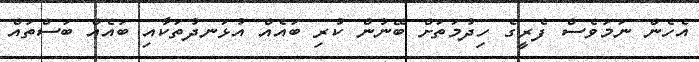
އެހެން ނަމަވެސް ފެރީގެ ހިދުމަތަށް ބޭނުން ކުރި ބައެއް އުޅަނދުތަކާއި ބައެއް ބަސްތަަައް